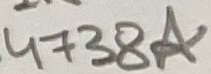
Text: 4738A